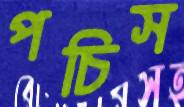
পচিস